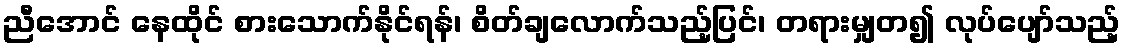
ညီအောင် နေထိုင် စားသောက်နိုင်ရန်၊ စိတ်ချလောက်သည့်ပြင်၊ တရားမျှတ၍ လုပ်ပျော်သည့်